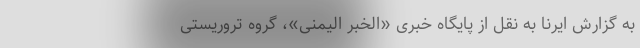
به گزارش ایرنا به نقل از پایگاه خبری «الخبر الیمنی»، گروه تروریستی